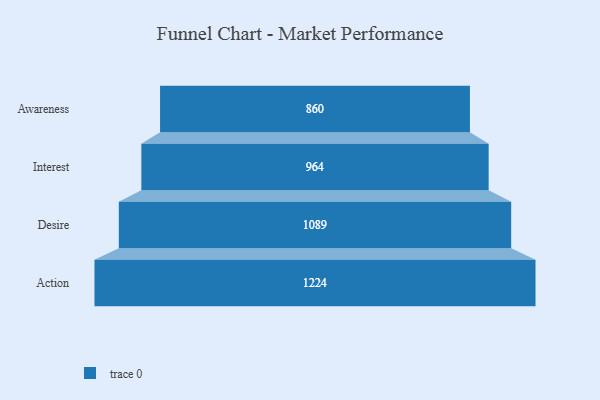
{"axis": {"x": "Stage", "y": "Value"}, "legend": [""], "data": [{"x": "Awareness", "y": 860.0, "type": ""}, {"x": "Interest", "y": 964.0, "type": ""}, {"x": "Desire", "y": 1089.0, "type": ""}, {"x": "Action", "y": 1224.0, "type": ""}]}